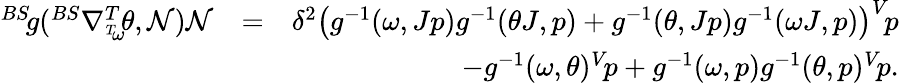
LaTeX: \begin{array}{rlr}{^{BS}\! g(^{BS}\nabla_{^{T}\! \omega}^{T}\! \theta,\mathcal{N})\mathcal{N}}&{=}&{\delta^{2}\big(g^{-1}(\omega,Jp)g^{-1}(\theta J,p)+g^{-1}(\theta,Jp)g^{-1}(\omega J,p)\big)^{V}\! p}\\ &{}&{-g^{-1}(\omega,\theta)^{V}\! p+g^{-1}(\omega,p)g^{-1}(\theta,p)^{V}\! p.}\end{array}